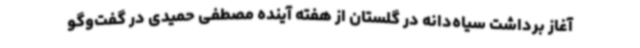
آغاز برداشت سیاه‌دانه در گلستان از هفته آینده مصطفی حمیدی در گفت‌وگو